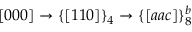
[ 0 0 0 ] \rightarrow \{ [ 1 1 0 ] \} _ { 4 } \rightarrow \{ [ a a c ] \} _ { 8 } ^ { b }